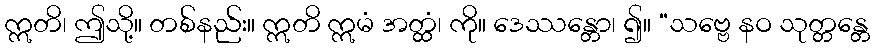
ဣတိ၊ ဤသို့။ တစ်နည်း။ ဣတိ ဣမံ အတ္ထံ၊ ကို။ ဒေဿန္တော၊ ၍။ “သဗ္ဗေ နဝ သုတ္တန္တေ